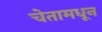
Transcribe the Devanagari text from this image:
चेतामधून